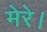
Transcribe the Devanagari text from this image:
मेरे।